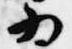
為